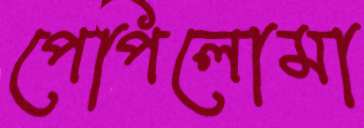
পেপিলোমা